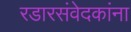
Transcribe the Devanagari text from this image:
रडारसंवेदकांना